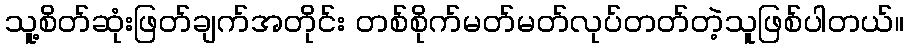
သူ့စိတ်ဆုံးဖြတ်ချက်အတိုင်း တစ်စိုက်မတ်မတ်လုပ်တတ်တဲ့သူဖြစ်ပါတယ်။